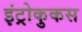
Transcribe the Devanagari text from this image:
इंट्रोकुकस